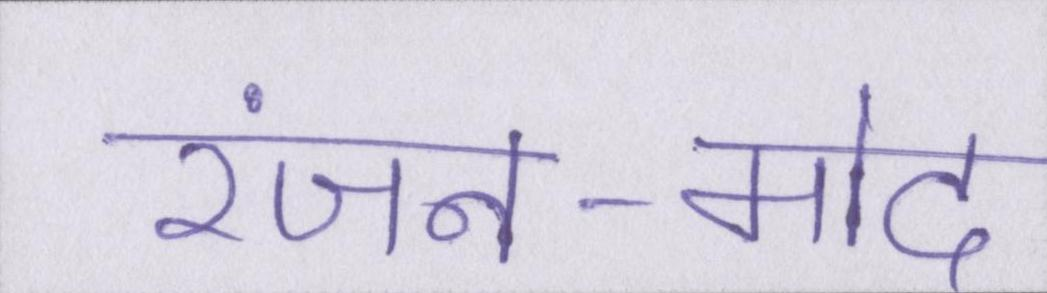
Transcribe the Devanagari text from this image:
रंजन-मोद